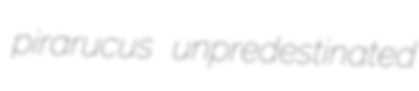
pirarucus unpredestinated